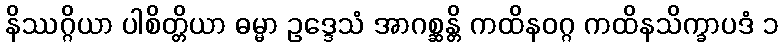
နိဿဂ္ဂိယာ ပါစိတ္တိယာ ဓမ္မာ ဥဒ္ဒေသံ အာဂစ္ဆန္တိ ကထိနဝဂ္ဂ ကထိနသိက္ခာပဒံ ၁